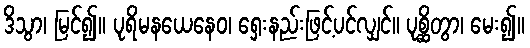
ဒိသွာ၊ မြင်၍။ ပုရိမနယေနေဝ၊ ရှေးနည်းဖြင့်ပင်လျှင်။ ပုစ္ဆိတွာ၊ မေး၍။